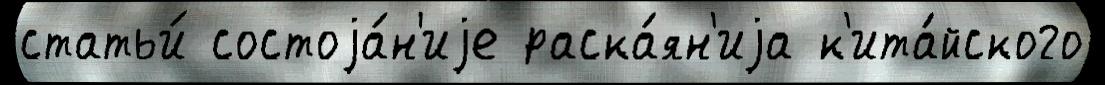
статьи́ состоjа́н'иjе раска́ян'иjа к'ита́йского